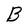
Character: B